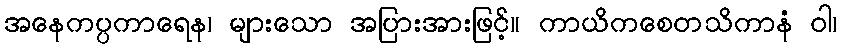
အနေကပ္ပကာရေန၊ များသော အပြားအားဖြင့်။ ကာယိကစေတသိကာနံ ဝါ၊